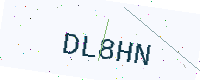
Text: DL8HN